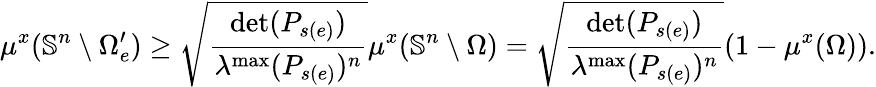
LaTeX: \mu^{x}(\mathbb{S}^{n}\setminus\Omega_{e}^{\prime})\geq\sqrt{\frac{\operatorname*{det}(P_{s(e)})}{\lambda^{\operatorname*{max}}(P_{s(e)})^{n}}}\mu^{x}(\mathbb{S}^{n}\setminus\Omega)=\sqrt{\frac{\operatorname*{det}(P_{s(e)})}{\lambda^{\operatorname*{max}}(P_{s(e)})^{n}}}(1-\mu^{x}(\Omega)).